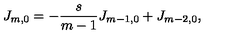
J _ { m , 0 } = - \frac { s } { m - 1 } J _ { m - 1 , 0 } + J _ { m - 2 , 0 } ,